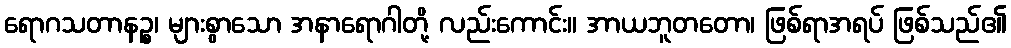
ရောဂသတာနဉ္စ၊ များစွာသော အနာရောဂါတို့ လည်းကောင်း။ အာယဘူတတော၊ ဖြစ်ရာအရပ် ဖြစ်သည်၏